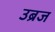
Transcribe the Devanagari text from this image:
उब्रज